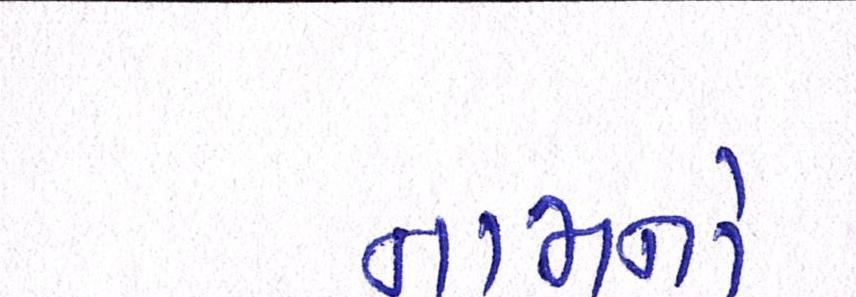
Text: નામનો